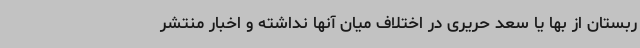
ربستان از بها یا سعد حریری در اختلاف میان آنها نداشته و اخبار منتشر